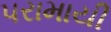
પરામાયી